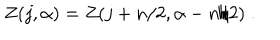
Z ( j , \alpha ) = Z ( j + n / 2 , \alpha - n / 2 ) \; .